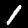
Digit: 1